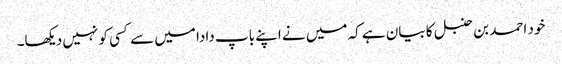
خود احمد بن حنبل کا بیان ہے کہ میں نے اپنے باپ دادا میں سے کسی کو نہیں دیکھا۔